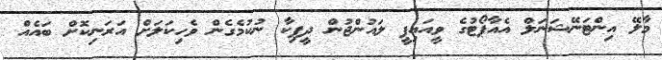
މާލޭ އިންޓަނޭޝަނަލް އެއާޕޯޓުގެ ވީއައިޕީ ލައުންޖުން ދީޕިކާ ނުކުމެގެން ވެހިކަލަށް އަރަނިކޮށް ބައެއް